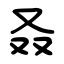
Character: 叒